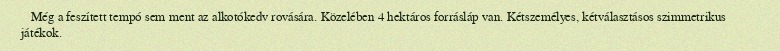
Még a feszített tempó sem ment az alkotókedv rovására. Közelében 4 hektáros forrásláp van. Kétszemélyes, kétválasztásos szimmetrikus játékok.